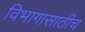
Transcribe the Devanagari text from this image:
विभागासाठीच